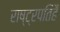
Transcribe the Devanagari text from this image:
राष्ट्रपतिहै